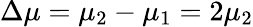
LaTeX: \Delta\mu=\mu_{2}-\mu_{1}=2\mu_{2}